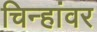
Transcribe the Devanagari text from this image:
चिन्हांवर